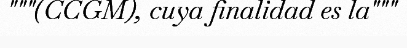
"""(CCGM), cuya finalidad es la"""